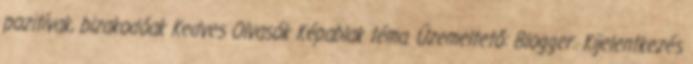
pozitívak, bizakodóak Kedves Olvasók Képablak téma. Üzemeltető: Blogger. Kijelentkezés